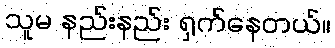
သူမ နည်းနည်း ရှက်နေတယ်။